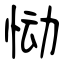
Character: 恸